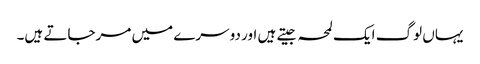
یہاں لوگ ایک لمحہ جیتے ہیں اور دوسرے میں مرجاتے ہیں۔